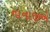
નાનાજીએ